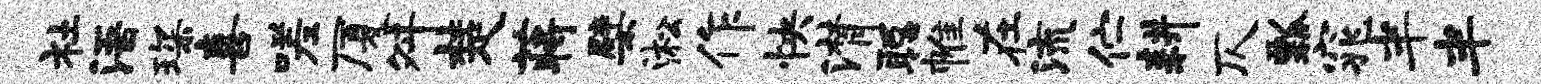
社浯琛喜嗟厦舛楚蒋檗淞作怏潸聪帷在流伫耕仄瓢窕半半